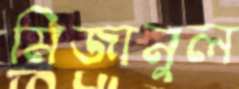
মিজানুল